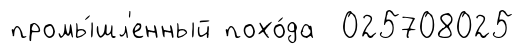
промы́шл'енный похо́да 025708025